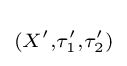
\scriptstyle (X',\tau _{1}',\tau _{2}')